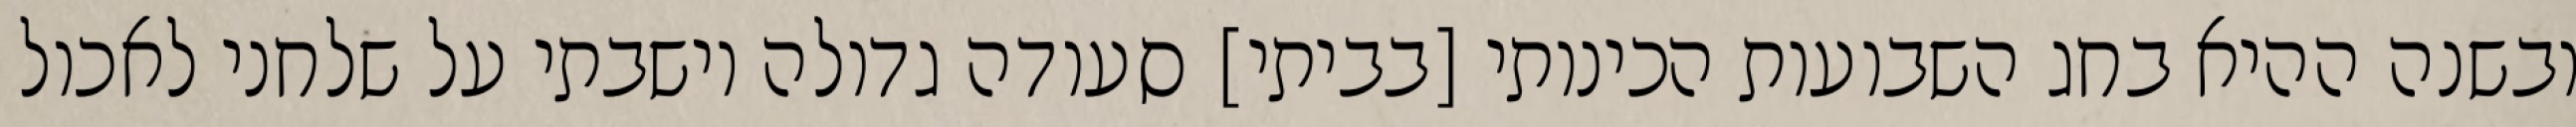
ובשנה ההיא בחג השבועות הכינותי [בביתי] סעודה גדולה וישבתי על שלחני לאכול